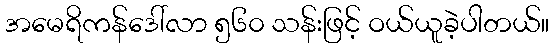
အမေရိကန်ဒေါ်လာ ၅၆၀ သန်းဖြင့် ဝယ်ယူခဲ့ပါတယ်။